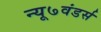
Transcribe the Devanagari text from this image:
न्यू७वंडर्स